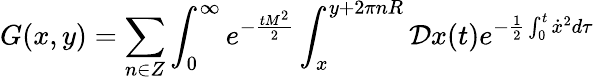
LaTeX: G(x,y)=\sum_{n\in Z}\int_{0}^{\infty}e^{-{\frac{tM^{2}}{2}}}\int_{x}^{y+2\pi nR}{\cal D}x(t)e^{-{\frac{1}{2}}\int_{0}^{t}\dot{x}^{2}d\tau}